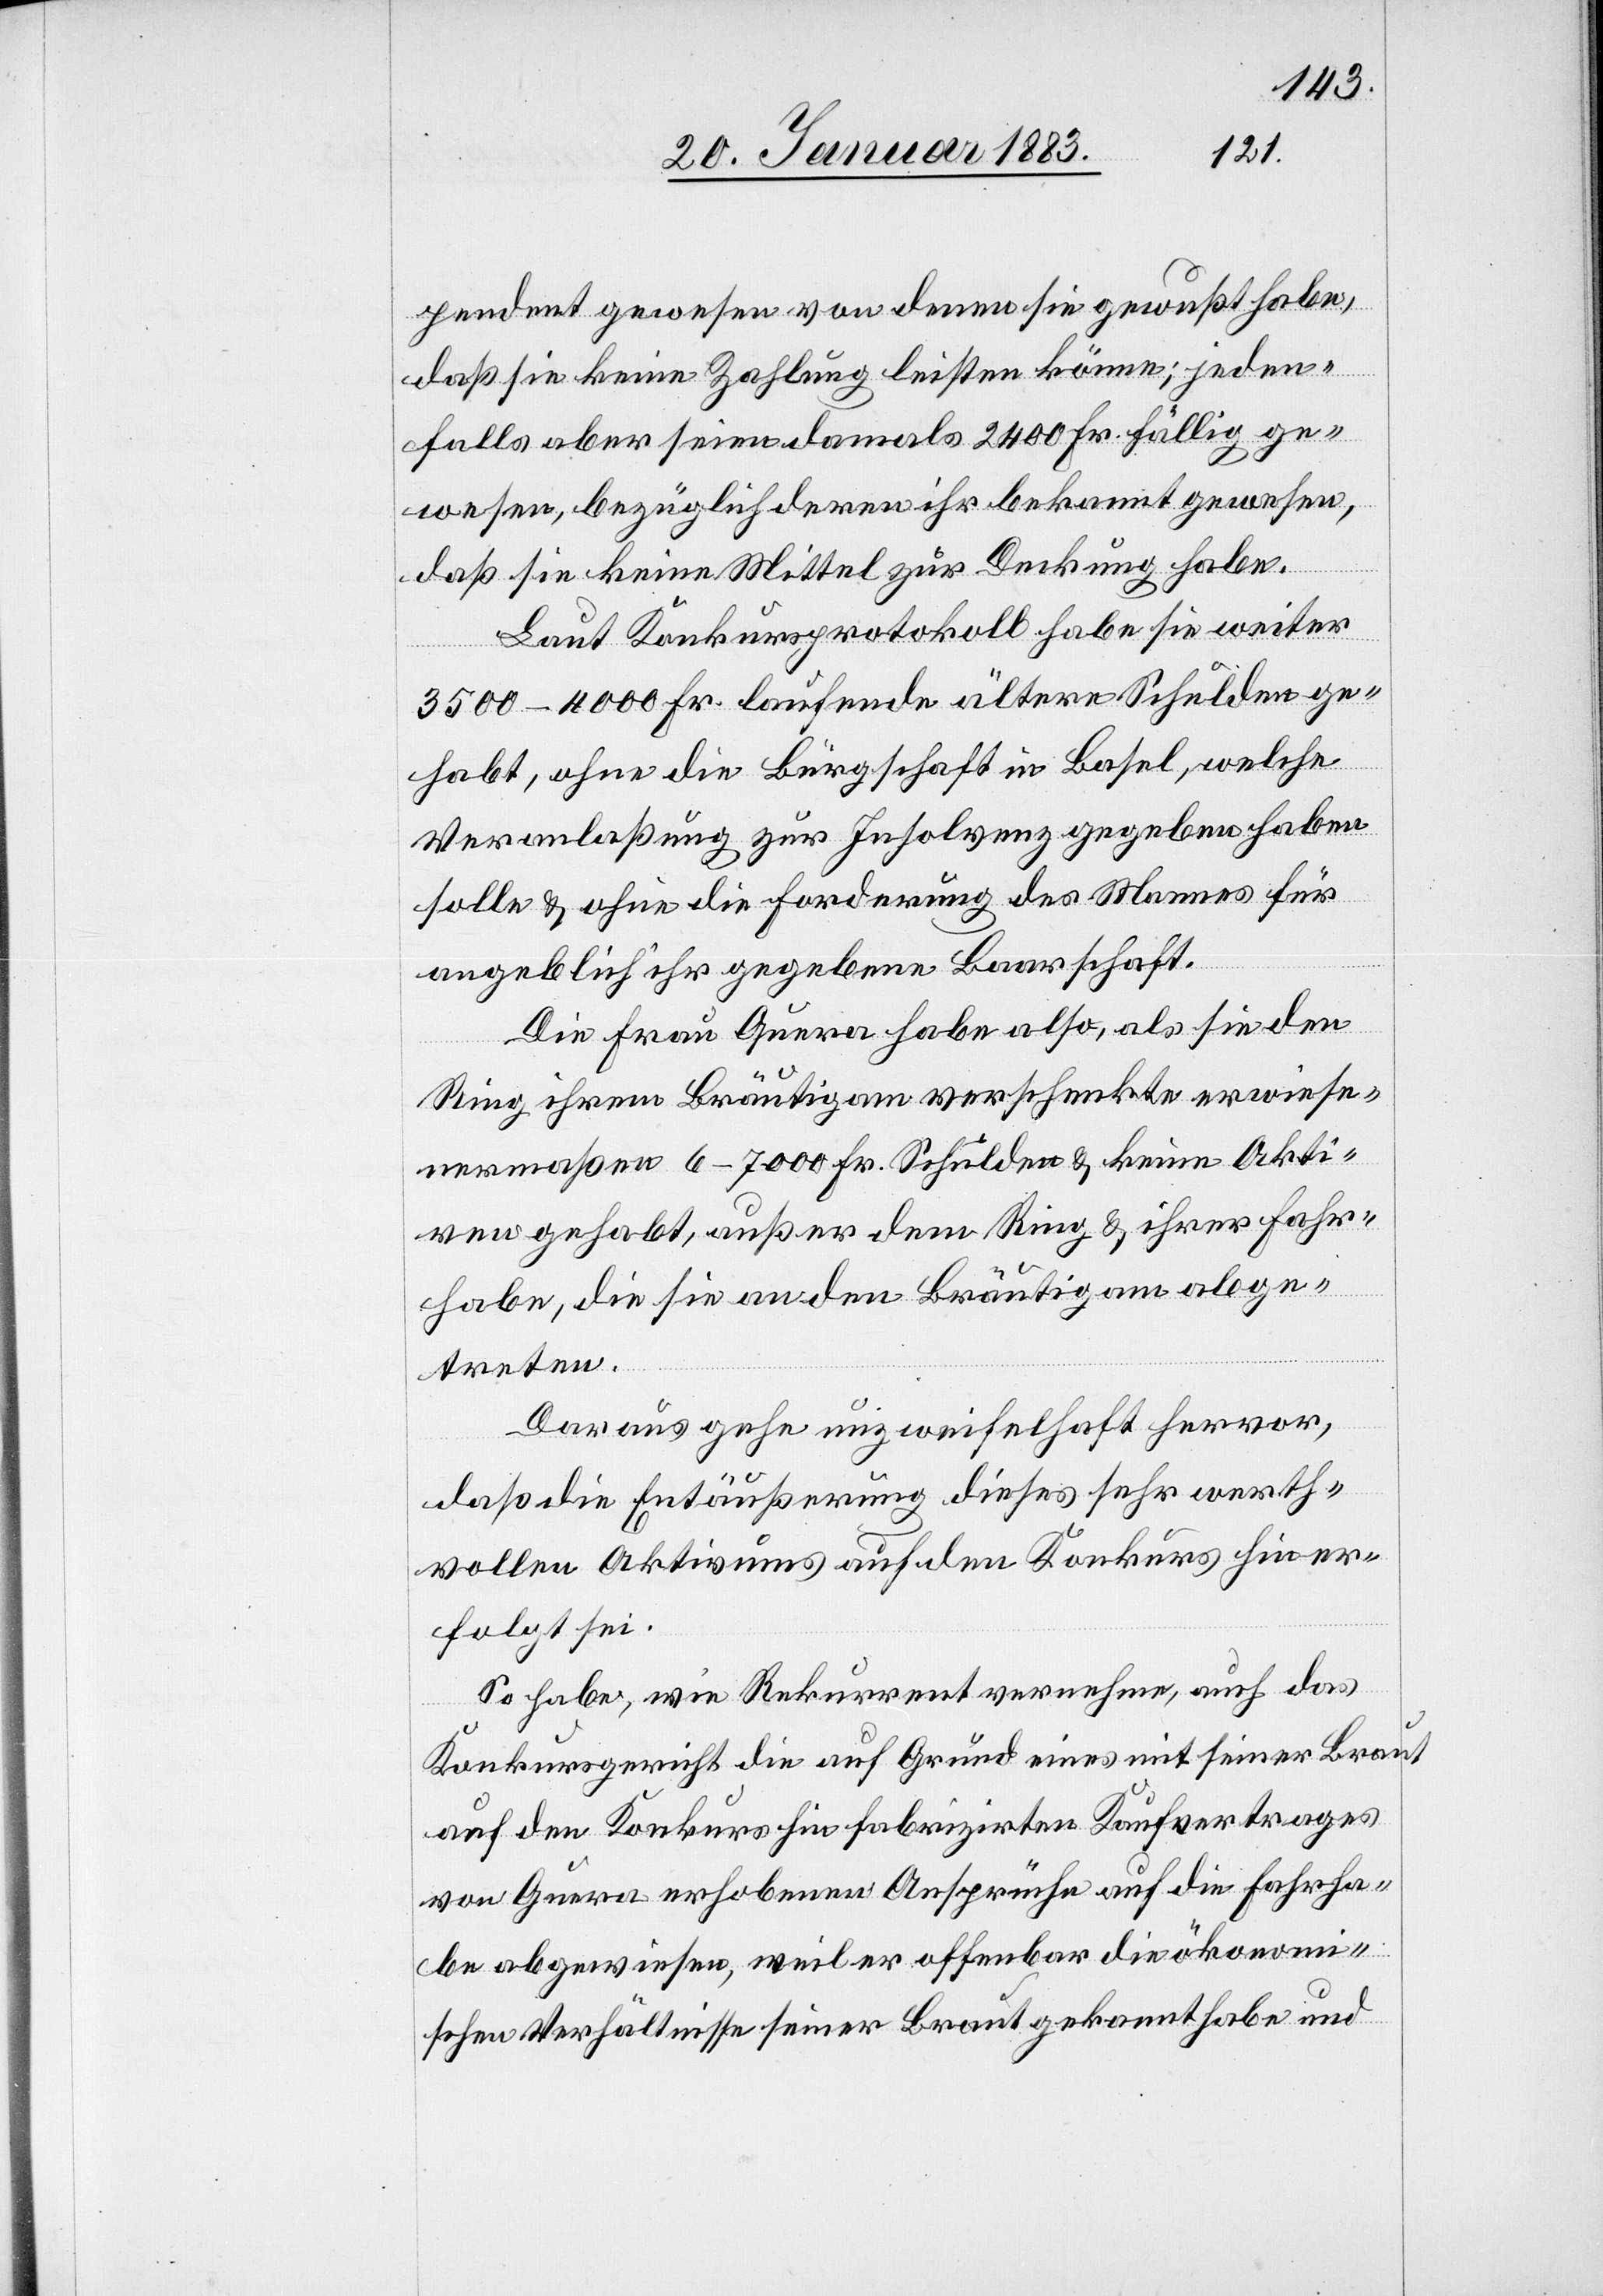
pendent gewesen von denen sie gewußt habe,
daß sie keine Zahlung leisten könne; jeden¬
falls aber seien damals 2400 Fr. fällig ge¬
wesen, bezüglich deren ihr bekannt gewesen,
daß sie keine Mittel zur Deckung habe.
Laut Konkursprotokoll habe sie weiter
3500–4000 Fr. laufende ältere Schulden ge¬
habt, ohne die Bürgschaft in Basel, welche
Veranlaßung zur Insolvenz gegeben haben
solle & ohne die Forderung des Mannes für
angeblich ihr gegebene Baarschaft.
Die Frau Quera habe also, als sie den
Ring ihrem Bräutigam verschenkte erwiese¬
nermaßen 6–7000 Fr. Schulden & keine Akti¬
ven gehabt, außer dem Ring & ihrer Fahr¬
habe, die sie an den Bräutigam abge¬
treten.
Daraus gehe unzweifelhaft hervor,
daß die Entäußerung dieses sehr werth¬
vollen Aktivums auf den Konkurs hin er¬
folgt sei.
So habe, wie Rekurrent vernehme, auch das
Konkursgericht die auf Grund eines mit seiner Braut
auf den Konkurs hin fabrizirten Kaufvertrages
von Quera erhobenen Ansprüche auf die Fahrha¬
be abgewiesen, weil er offenbar die ökonomi¬
schen Verhältnisse seiner Brau gekannt habe und